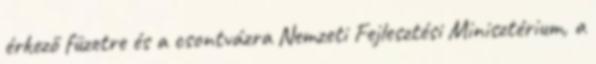
érkező füzetre és a csontvázra Nemzeti Fejlesztési Minisztérium, a